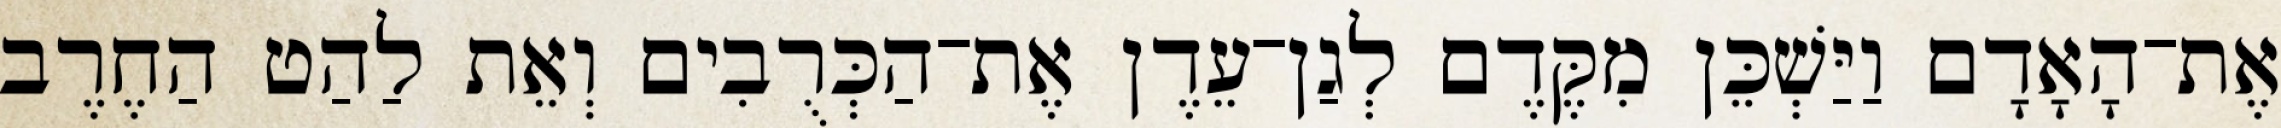
אֶת־הָאָדָם וַיַּשְׁכֵּן מִקֶּדֶם לְגַן־עֵדֶן אֶת־הַכְּרֻבִים וְאֵת לַהַט הַחֶרֶב